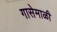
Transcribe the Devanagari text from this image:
गासेमाळी